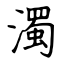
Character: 濁